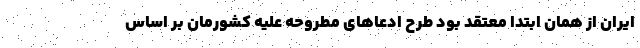
ایران از همان ابتدا معتقد بود طرح ادعاهای مطروحه علیه کشورمان بر اساس